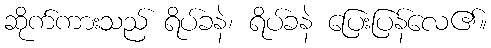
ဆိုက်ကားသည် ရိပ်ခနဲ၊ ရိပ်ခနဲ ပြေးပြန်လေ၏။